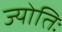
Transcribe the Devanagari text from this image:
ज्योतिः